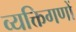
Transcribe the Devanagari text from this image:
व्यक्तिगणों